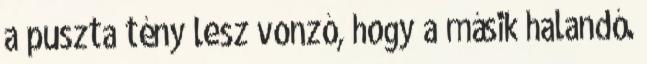
a puszta tény lesz vonzó, hogy a másik halandó.